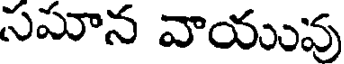
సమాన వాయువు